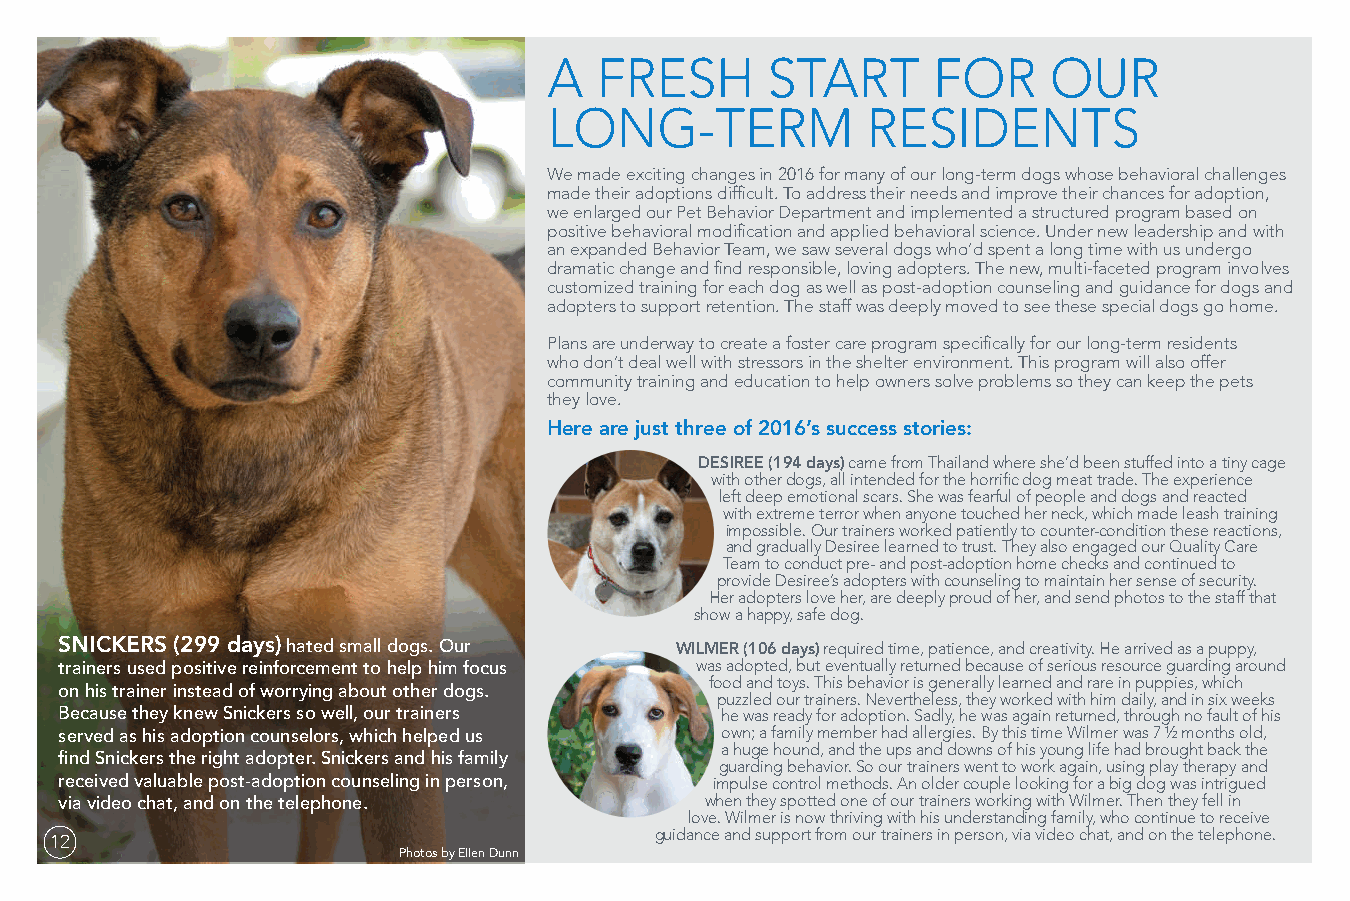
A   FRESH      START      FOR     OUR
 LONG-TERM            RESIDENTS
 We made exciting changes in 2016 for many of our long-term dogs whose behavioral challenges
 made their adoptions difficult. To address their needs and improve their chances for adoption,
 we enlarged our Pet Behavior Department and implemented a structured program based on
 positive behavioral modification and applied behavioral science. Under new leadership and with
 an expanded Behavior Team, we saw several dogs who’d spent a long time with us undergo
 dramatic change and find responsible, loving adopters. The new, multi-faceted program involves
 customized training for each dog as well as post-adoption counseling and guidance for dogs and
 adopters to support retention. The staff was deeply moved to see these special dogs go home.
 Plans are underway to create a foster care program specifically for our long-term residents
 who don’t deal well with stressors in the shelter environment. This program will also offer
 community training and education to help owners solve problems so they can keep the pets
 they love.
 Here are just three of 2016’s success stories:
 DESIREE (194 days) came from Thailand where she’d been stuffed into a tiny cage
 with other dogs, all intended for the horrific dog meat trade. The experience
 left deep emotional scars. She was fearful of people and dogs and reacted
 with extreme terror when anyone touched her neck, which made leash training
 impossible. Our trainers worked patiently to counter-condition these reactions,
 and gradually Desiree learned to trust. They also engaged our Quality Care
 Team to conduct pre- and post-adoption home checks and continued to
 provide Desiree’s adopters with counseling to maintain her sense of security.
 Her adopters love her, are deeply proud of her, and send photos to the staff that
 show a happy, safe dog.
 SNICKERS (299 days) hated small dogs. Our WILMER (106 days) required time, patience, and creativity. He arrived as a puppy,
 trainers used positive reinforcement to help him focus was adopted, but eventually returned because of serious resource guarding around
 food and toys. This behavior is generally learned and rare in puppies, which
 on his trainer instead of worrying about other dogs.
 puzzled our trainers. Nevertheless, they worked with him daily, and in six weeks
 Because they knew Snickers so well, our trainers he was ready for adoption. Sadly, he was again returned, through no fault of his
 served as his adoption counselors, which helped us own; a family member had allergies. By this time Wilmer was 7 ½ months old,
 a huge hound, and the ups and downs of his young life had brought back the
 find Snickers the right adopter. Snickers and his family
 guarding behavior. So our trainers went to work again, using play therapy and
 received valuable post-adoption counseling in person, impulse control methods. An older couple looking for a big dog was intrigued
 via video chat, and on the telephone.      when they spotted one of our trainers working with Wilmer. Then they fell in
 love. Wilmer is now thriving with his understanding family, who continue to receive
 guidance and support from our trainers in person, via video chat, and on the telephone.
 12
 Photos by Ellen Dunn